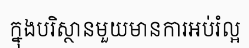
ក្នុងបរិស្ថានមួយមានការអប់រំល្អ